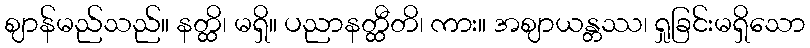
ဈာန်မည်သည်။ နတ္ထိ၊ မရှိ။ ပညာနတ္ထီတိ၊ ကား။ အဈာယန္တဿ၊ ရှုခြင်းမရှိသော